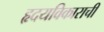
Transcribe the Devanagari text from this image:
हृदयविकाराची